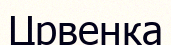
Црвенка